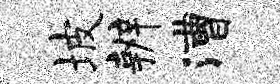
坡辨漕